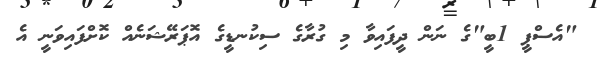
"އެސްޕީ 1ބީ"ގެ ނަން ދީފައިވާ މި ގުރާގެ ސިކުނޑީގެ އޮޕަރޭޝަނެއް ކޮށްފައިވަނީ އެ